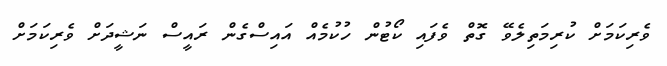
ވެރިކަމަށް ކުރިމަތިލެވޭ ގޮތް ވެފައި ކޯޓުން ހުކުމެއް އައިސްގެން ރައީސް ނަޝީދަށް ވެރިކަމަށް